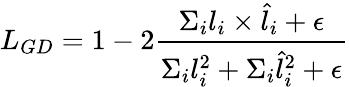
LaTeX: L_{GD}=1-2\frac{\Sigma_{i}l_{i}\times\hat{l}_{i}+\epsilon}{\Sigma_{i}l_{i}^{2}+\Sigma_{i}\hat{l}_{i}^{2}+\epsilon}